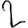
Digit: 2